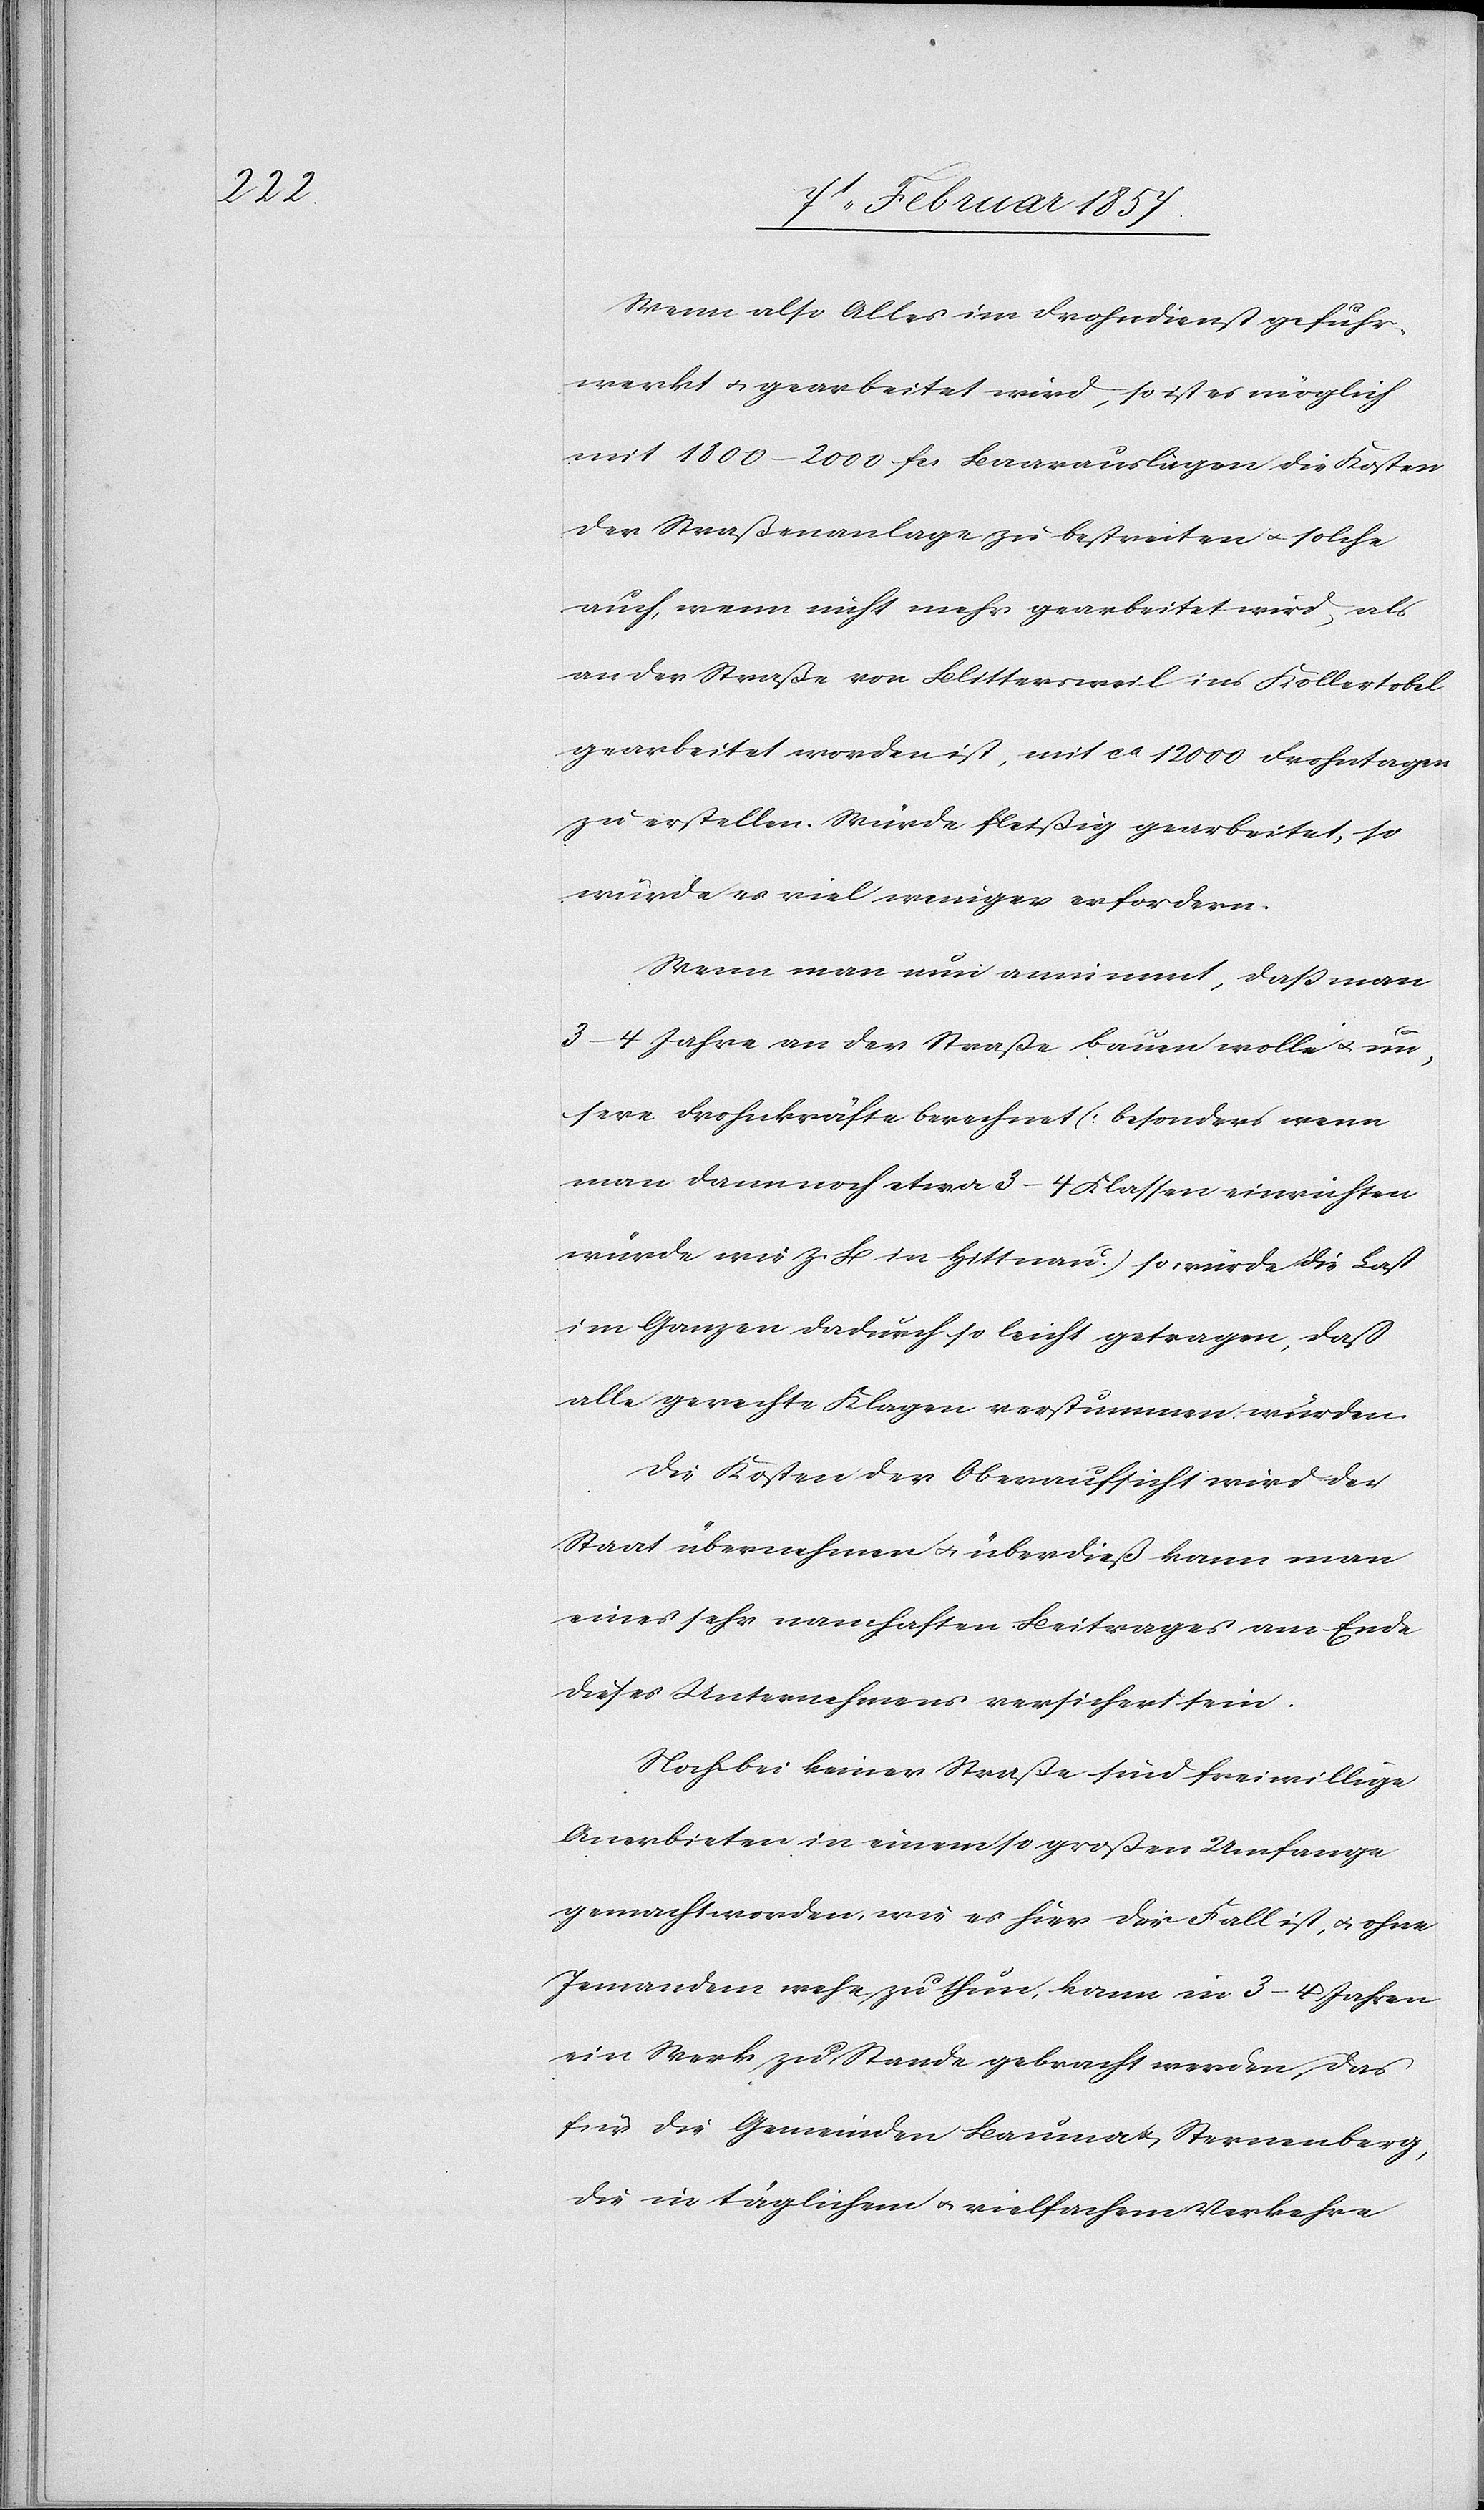
Wenn also Alles im Frohndienst gefuhr¬
werkt u. gearbeitet wird, so ist es möglich
mit 1800–2000 fc. Baarauslagen die Kosten
der Straßenanlage zu bestreiten u. solche
auch, wenn nicht mehr gearbeitet wird, als
an der Straße von Blittersweil ins Köllertobel
gearbeitet worden ist, mit ca 1200 Frohntagen
zu erstellen. Würde fleißig gearbeitet, so
würde es viel weniger erfordern.
Wenn man nun annimmt, daß man
3–4 Jahre an der Straße bauen wolle u. un¬
sere Frohnkräfte berechnet [besonders wenn
man dann noch etwa 3–4 Klassen einrichten
würde wie z. B in Hittnau] so würde die Last
im Ganzen dadurch so leicht getragen, daß
alle gerechte Klagen verstummen würden.
Die Kosten der Oberaufsicht wird der
Staat übernehmen u. überdieß kann man
eines sehr namhaften Beitrages am Ende
dieses Unternehmens versichert sein.
Noch bei keiner Straße sind freiwillige
Anerbieten in einem so großen Umfange
gemacht worden, wie es hier der Fall ist, u. ohne
Jemandem mehr zu thun, kann in 3–4 Jahren
ein Werk zu Stande gebracht werden, das
für die Gemeinden Bauma u. Sternenberg,
die in täglichem u. vielfachem Verkehre